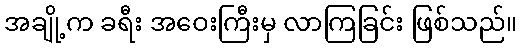
အချို့က ခရီး အဝေးကြီးမှ လာကြခြင်း ဖြစ်သည်။